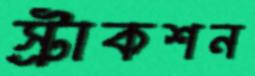
স্ট্রাকশন